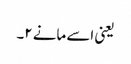
یعنی اسے مانے ۲۔